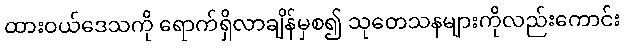
ထားဝယ်ဒေသကို ရောက်ရှိလာချိန်မှစ၍ သုတေသနများကိုလည်းကောင်း